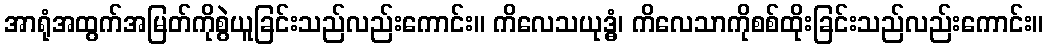
အာရုံအထွက်အမြတ်ကိုစွဲယူခြင်းသည်လည်းကောင်း။ ကိလေသယုဒ္ဓံ၊ ကိလေသာကိုစစ်ထိုးခြင်းသည်လည်းကောင်း။